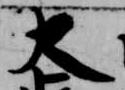
大